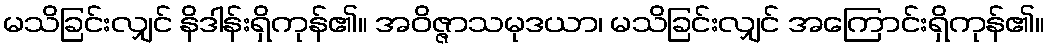
မသိခြင်းလျှင် နိဒါန်းရှိကုန်၏။ အဝိဇ္ဇာသမုဒယာ၊ မသိခြင်းလျှင် အကြောင်းရှိကုန်၏။